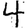
Digit: 4